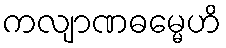
ကလျာဏဓမ္မေဟိ